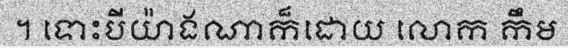
។ ទោះបីយ៉ាងណាក៏ដោយ លោក កឹម